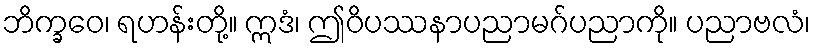
ဘိက္ခဝေ၊ ရဟန်းတို့။ ဣဒံ၊ ဤဝိပဿနာပညာမဂ်ပညာကို။ ပညာဗလံ၊